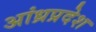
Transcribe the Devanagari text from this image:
अांध्रप्रदेश